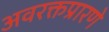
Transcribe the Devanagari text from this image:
अवरक्तप्रारणे